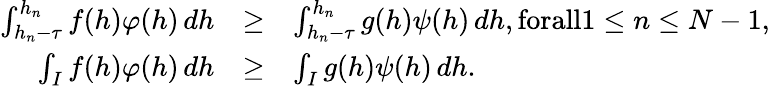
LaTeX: \begin{array}{rcl}{\int_{h_{n}-\tau}^{h_{n}}f(h)\varphi(h)\, dh}&{\geq}&{\int_{h_{n}-\tau}^{h_{n}}g(h)\psi(h)\, dh,\textnormal{forall}1\leq n\leq N-1,}\\ {\int_{I}f(h)\varphi(h)\, dh}&{\geq}&{\int_{I}g(h)\psi(h)\, dh.}\end{array}